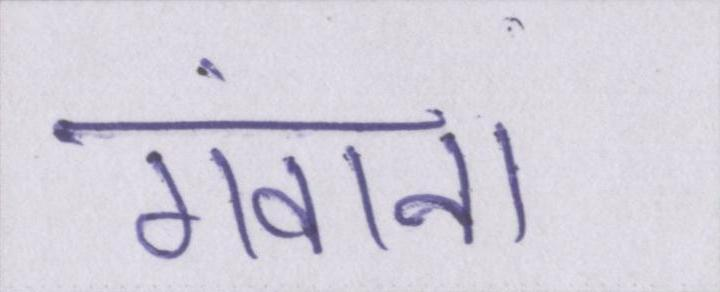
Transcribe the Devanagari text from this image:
गंवाना